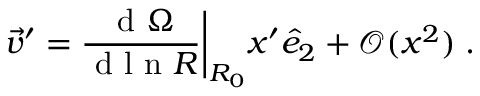
\vec { v } ^ { \prime } = \frac { \mathrm { ~ d ~ } { \Omega } } { \mathrm { ~ d ~ l ~ n ~ } R } \bigg | _ { R _ { 0 } } x ^ { \prime } \hat { e } _ { 2 } + { \mathcal O } ( x ^ { 2 } ) \; .